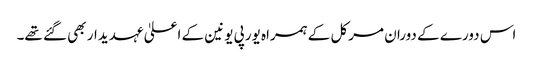
اس دورے کے دوران مرکل کے ہمراہ یورپی یونین کے اعلیٰ عہدیدار بھی گئے تھے۔